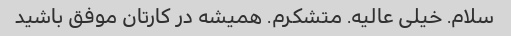
سلام. خیلی عالیه. متشکرم. همیشه در کارتان موفق باشید